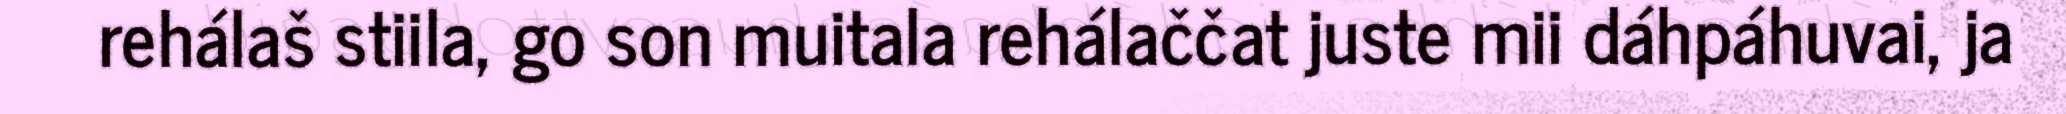
rehálaš stiila, go son muitala rehálaččat juste mii dáhpáhuvai, ja